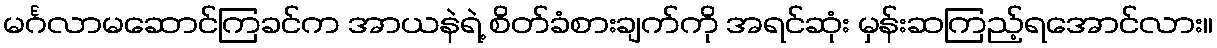
မင်္ဂလာမဆောင်ကြခင်က အာယနဲရဲ့ စိတ်ခံစားချက်ကို အရင်ဆုံး မှန်းဆကြည့်ရအောင်လား။